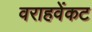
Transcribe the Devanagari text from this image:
वराहवेंकट